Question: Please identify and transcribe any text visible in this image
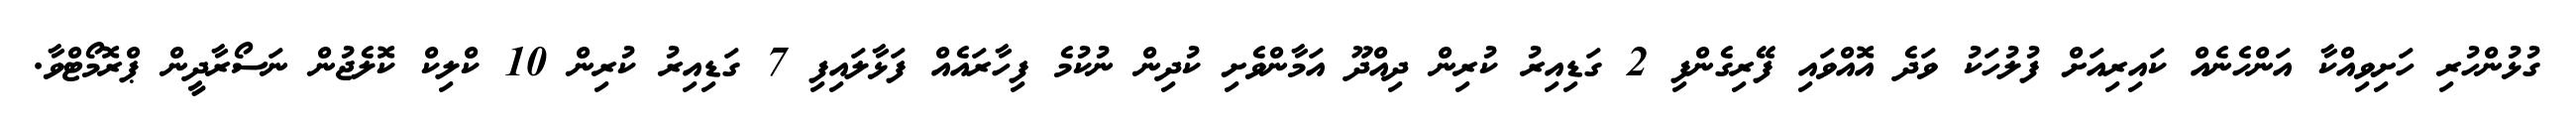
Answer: ގުޅުންހުރި ހަށިވިއްކާ އަންހެނެއް ކައިރިއަށް ފުލުހަކު ވަދެ އޮއްވައި ފޭރިގެންފި 2 ގަޑިއިރު ކުރިން ދިއްދޫ އަމާންވެށި ކުދިން ނުކުމެ ފިހާރައެއް ފަޅާލައިފި 7 ގަޑިއިރު ކުރިން 10 ކްލިކް ކޮލެޖުން ނަސޯރާދީން ޕްރޮމޯޓްވާ.